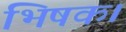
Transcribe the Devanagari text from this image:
भिषक।